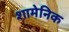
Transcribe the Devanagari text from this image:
शामेनिक